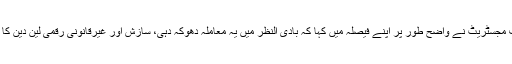
چیف مجسٹریٹ نے واضح طور پر اپنے فیصلہ میں کہا کہ بادی النظر میں یہ معاملہ دھوکہ دہی، سازش اور غیرقانونی رقمی لین دین کا ہے۔